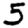
Digit: 5